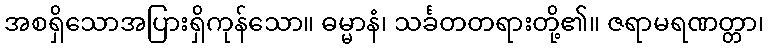
အစရှိသောအပြားရှိကုန်သော။ ဓမ္မာနံ၊ သင်္ခတတရားတို့၏။ ဇရာမရဏတ္တာ၊